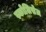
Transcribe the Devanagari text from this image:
स्कोलिसेज़